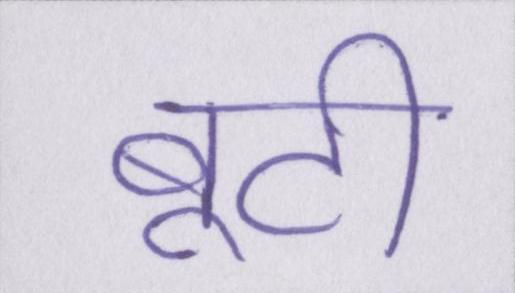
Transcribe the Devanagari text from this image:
बूटी